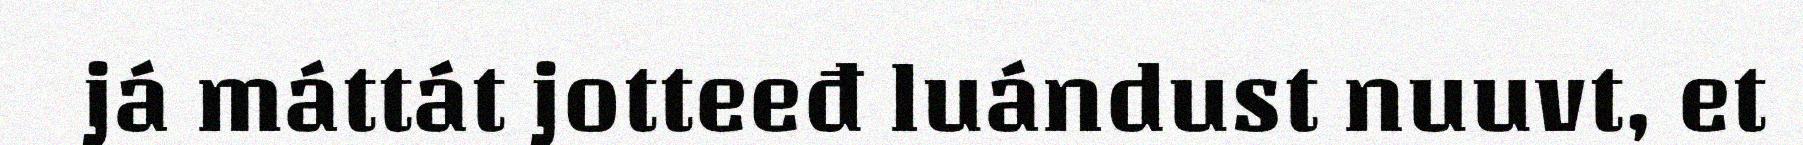
já máttát jotteeđ luándust nuuvt, et